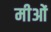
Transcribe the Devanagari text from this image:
मीओं